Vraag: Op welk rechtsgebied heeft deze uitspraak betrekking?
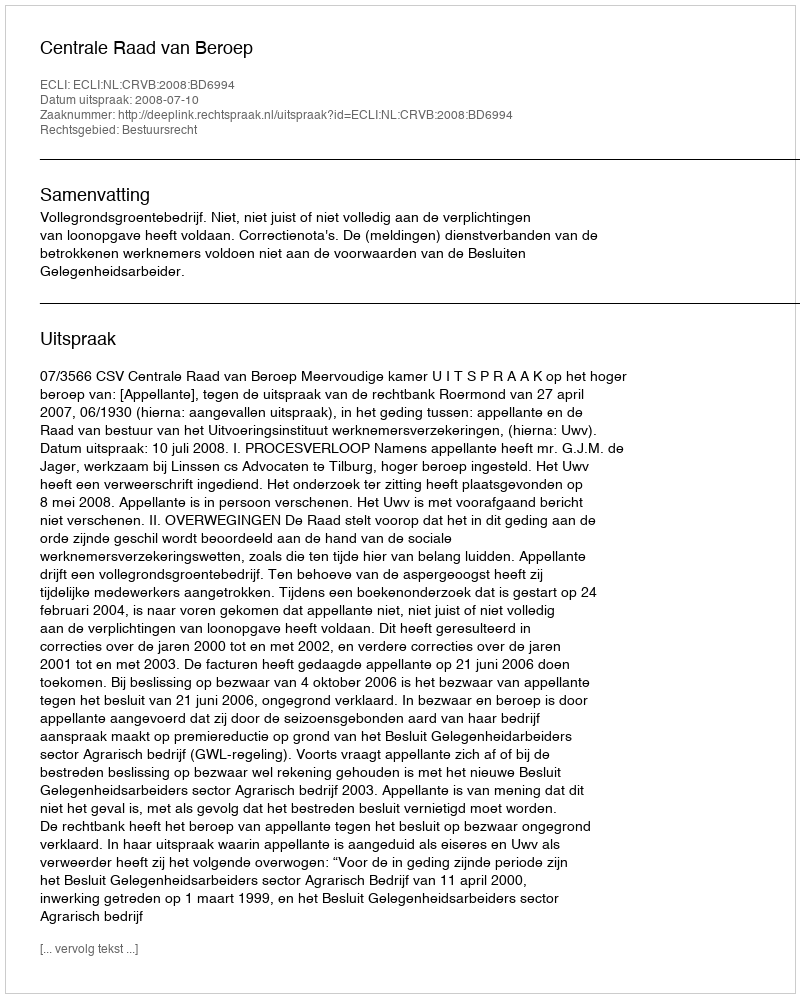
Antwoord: Bestuursrecht